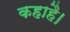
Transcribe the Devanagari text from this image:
कहाहै।